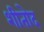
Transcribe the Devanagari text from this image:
शीतोद